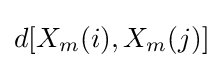
d[X_{m}(i),X_{m}(j)]